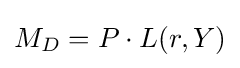
M_{D}=P\cdot L(r,Y)